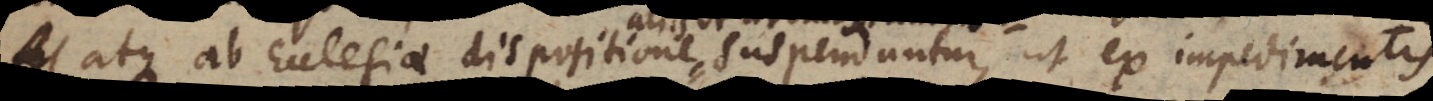
atque ab Ecclesiae dispositione, suspenduntur, ut ex impedimentis